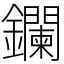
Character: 鑭